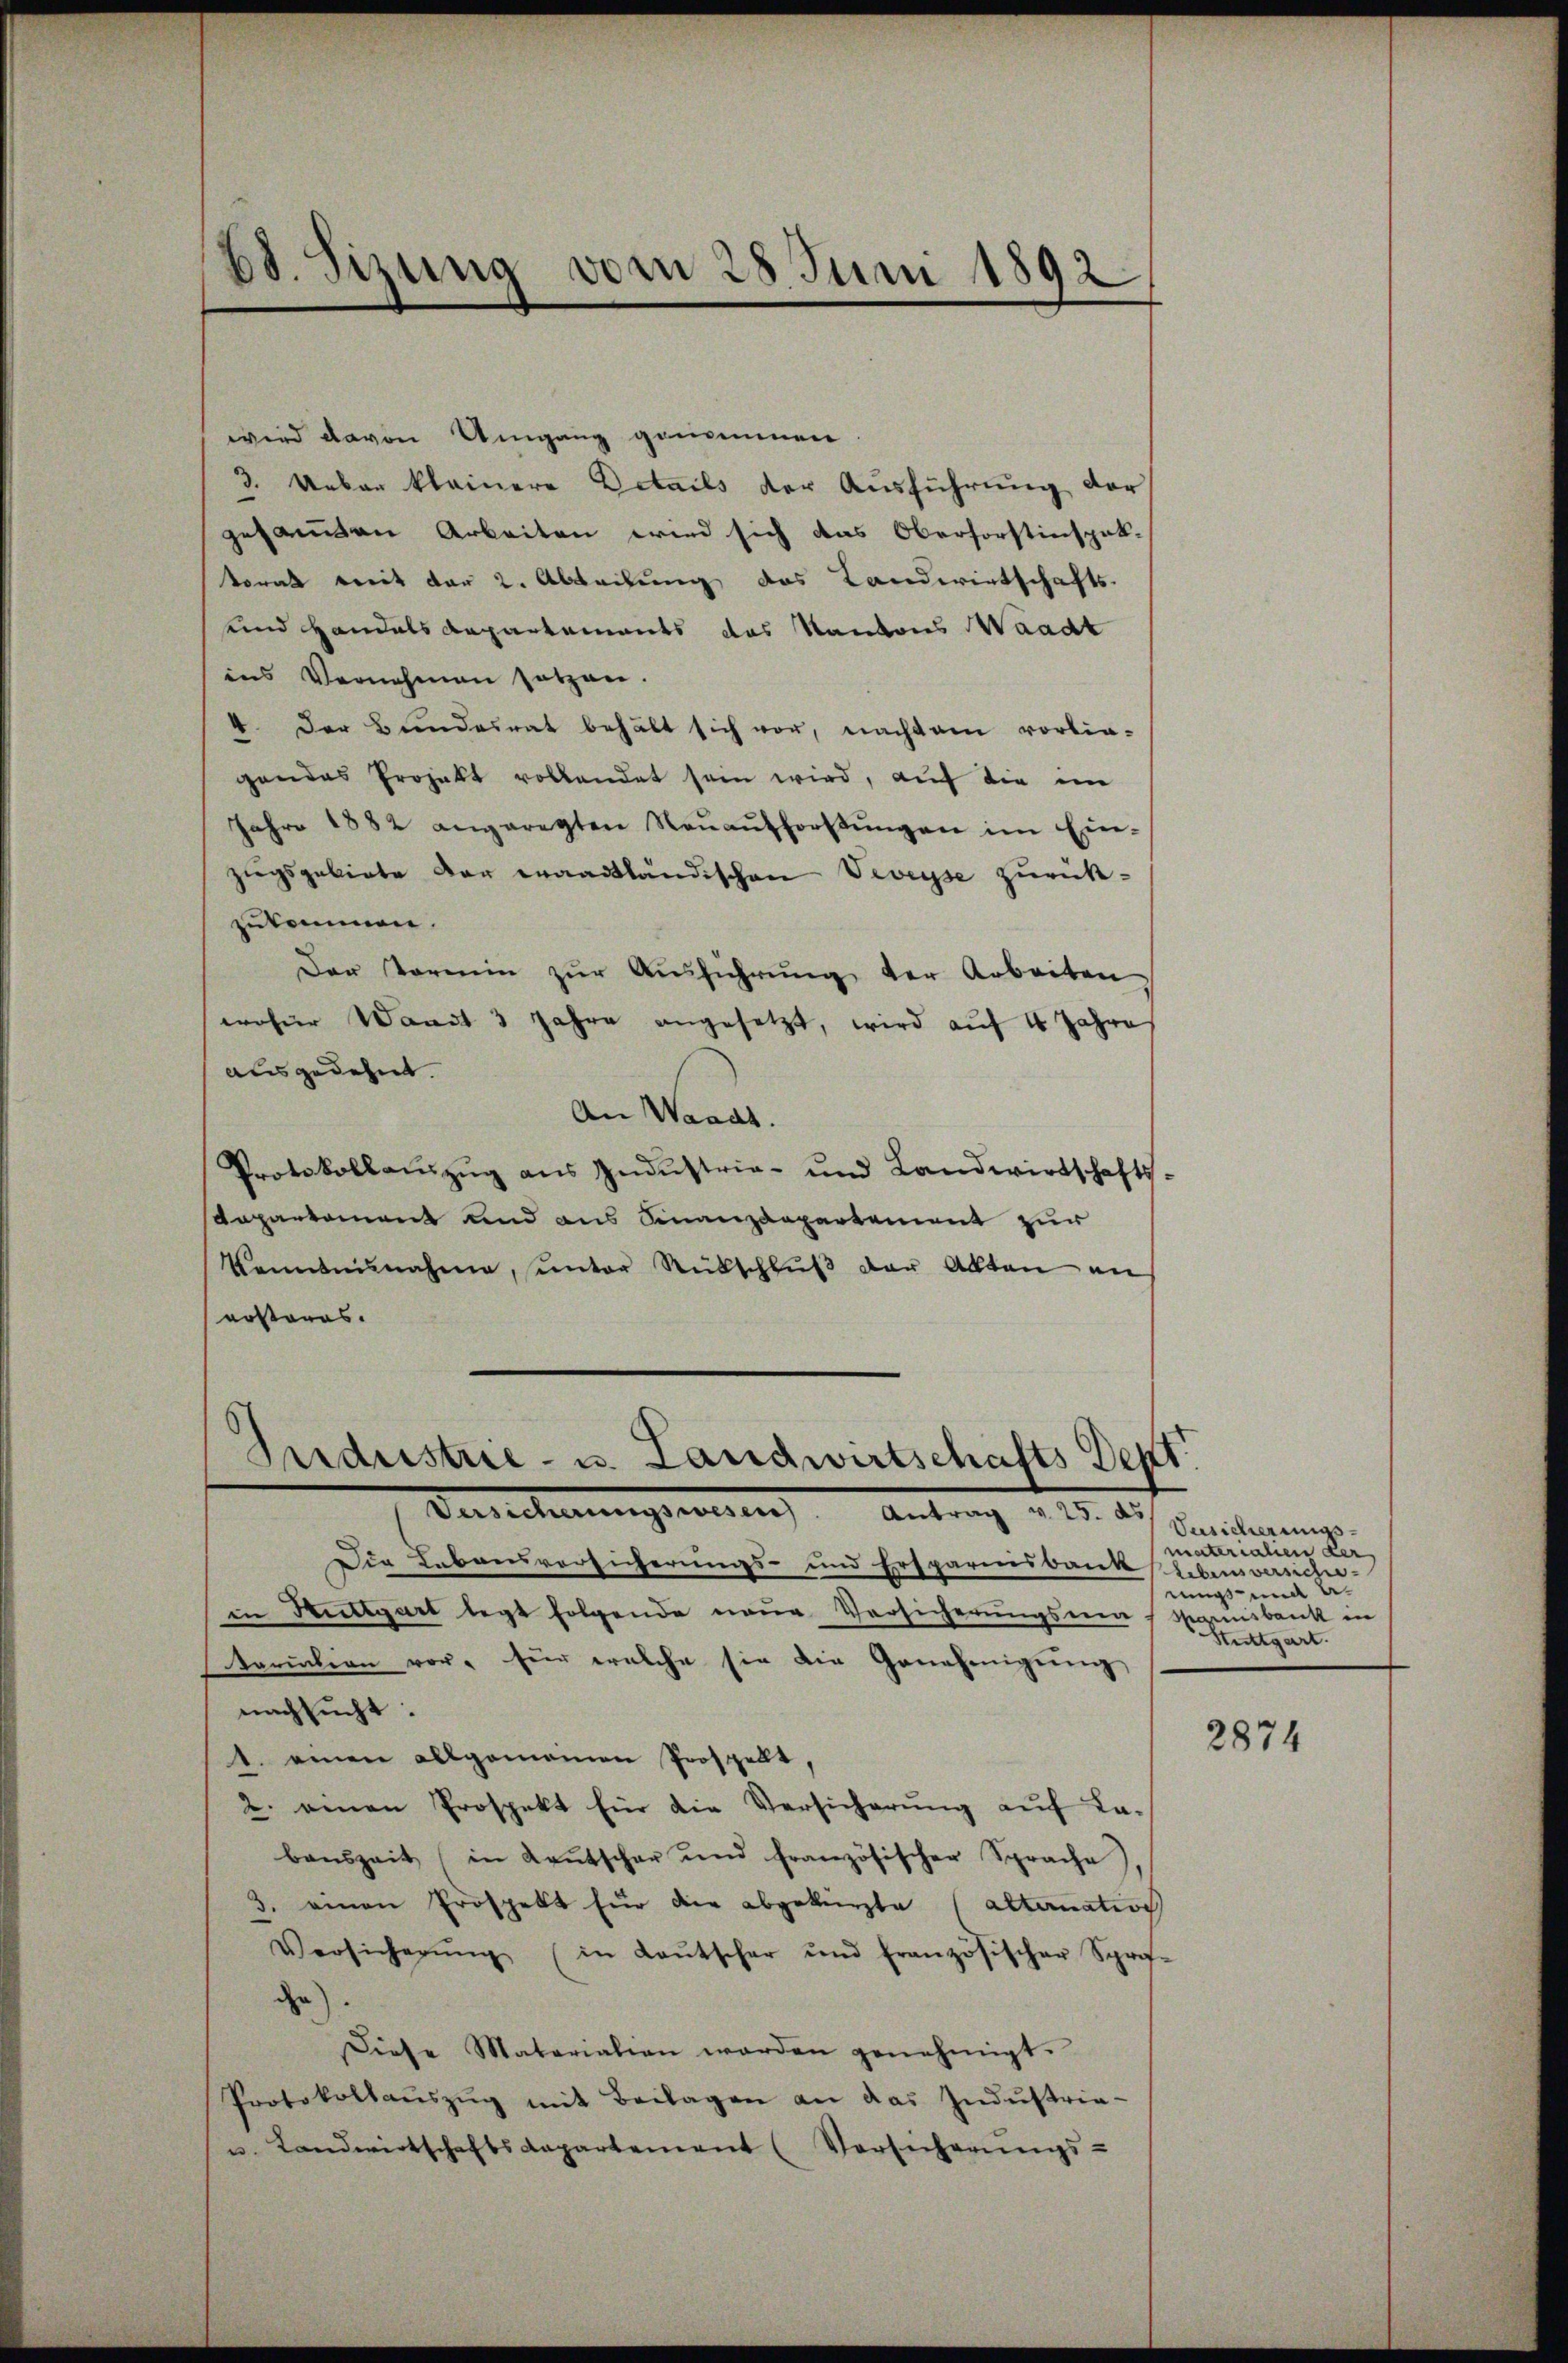
68. Sizung vom 28. Juni 1892.

wird davon Umgang genommen
3. Ueber kleinere Details der Ausführung der
gesamten Arbeiten wird sich das Oberforstinspek-
korat weit der 2. Abteilung das Landwirtschafts-
und Handels Departements das Kantons Waadt
ins Vernehmen setzen.
4. Der Bundesrat behält sich vor, nachdem vorlie-
gendes Projekt vollendet sein wird, auf die im
Jahre 1882 angeregten Neŭaŭtforstŭngen im Ein-
zugsgebiete der waadtländischen Veveyse zurückzukommen.
Der Vormin zŭr Aŭsführŭng der Arbeiten.
woher Waadt 3 Jahre angesetzt, wird auf 4 Jahre
ausgedehnt.
An Waadt.
Protokollanzŭg aŭs Indŭstria- und Landwirtschafts-
Daparkoment und aus Finanzdepartement zur
kanntnisnahme, unter Rückschlŭβ der Akten an
ersteres.

Industrie- u. Landwirtschafts Dept.

Berechnungsarten Antrag u. 10. d.
Die Lebensversicherungs- und Erspariesbank Libiniversch-
in Kuttgart legt folgende neue Versicherungsmaternisbank in
tariation vor, für welche sie die Genehmigŭng
nachsucht:
1. einen allgemeinen Prospellt,
2. einen Prospekt für die Versicherung auf Labenszeit in Kaŭtscher und französischer Sprache
3. einen Prospekt für die abgekürzte (alternation
Versicherŭng (in Laŭtscher und französischer Sprof.
da).
Diese Matarialien worden genehmigt.
Protokollaŭszŭg mit Beilagen an das Indŭstria-
u. Landwirtschaftsdepartement (Versicherŭngs-

Vusicherungsmaterialien der
mugs und a
Stuttgart.

2874